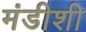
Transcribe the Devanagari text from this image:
मंडीशी